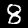
Label: 8